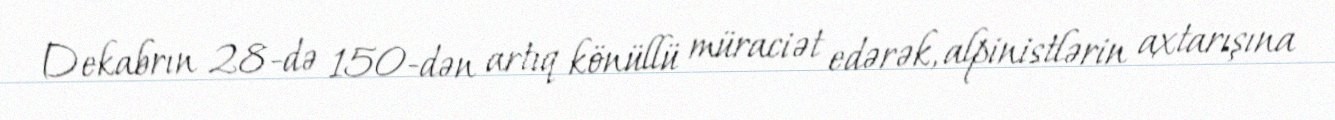
Dekabrın 28-də 150-dən artıq könüllü müraciət edərək, alpinistlərin axtarışına